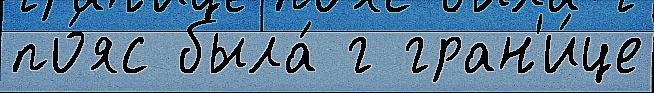
по́яс была́ г гран'и́це